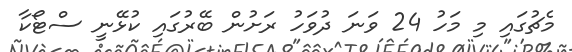
މެޗުގައި މި މަހު 24 ވަނަ ދުވަހު ރަށުން ބޭރުގައި ކުޅޭނީ ސްޓޯކާ